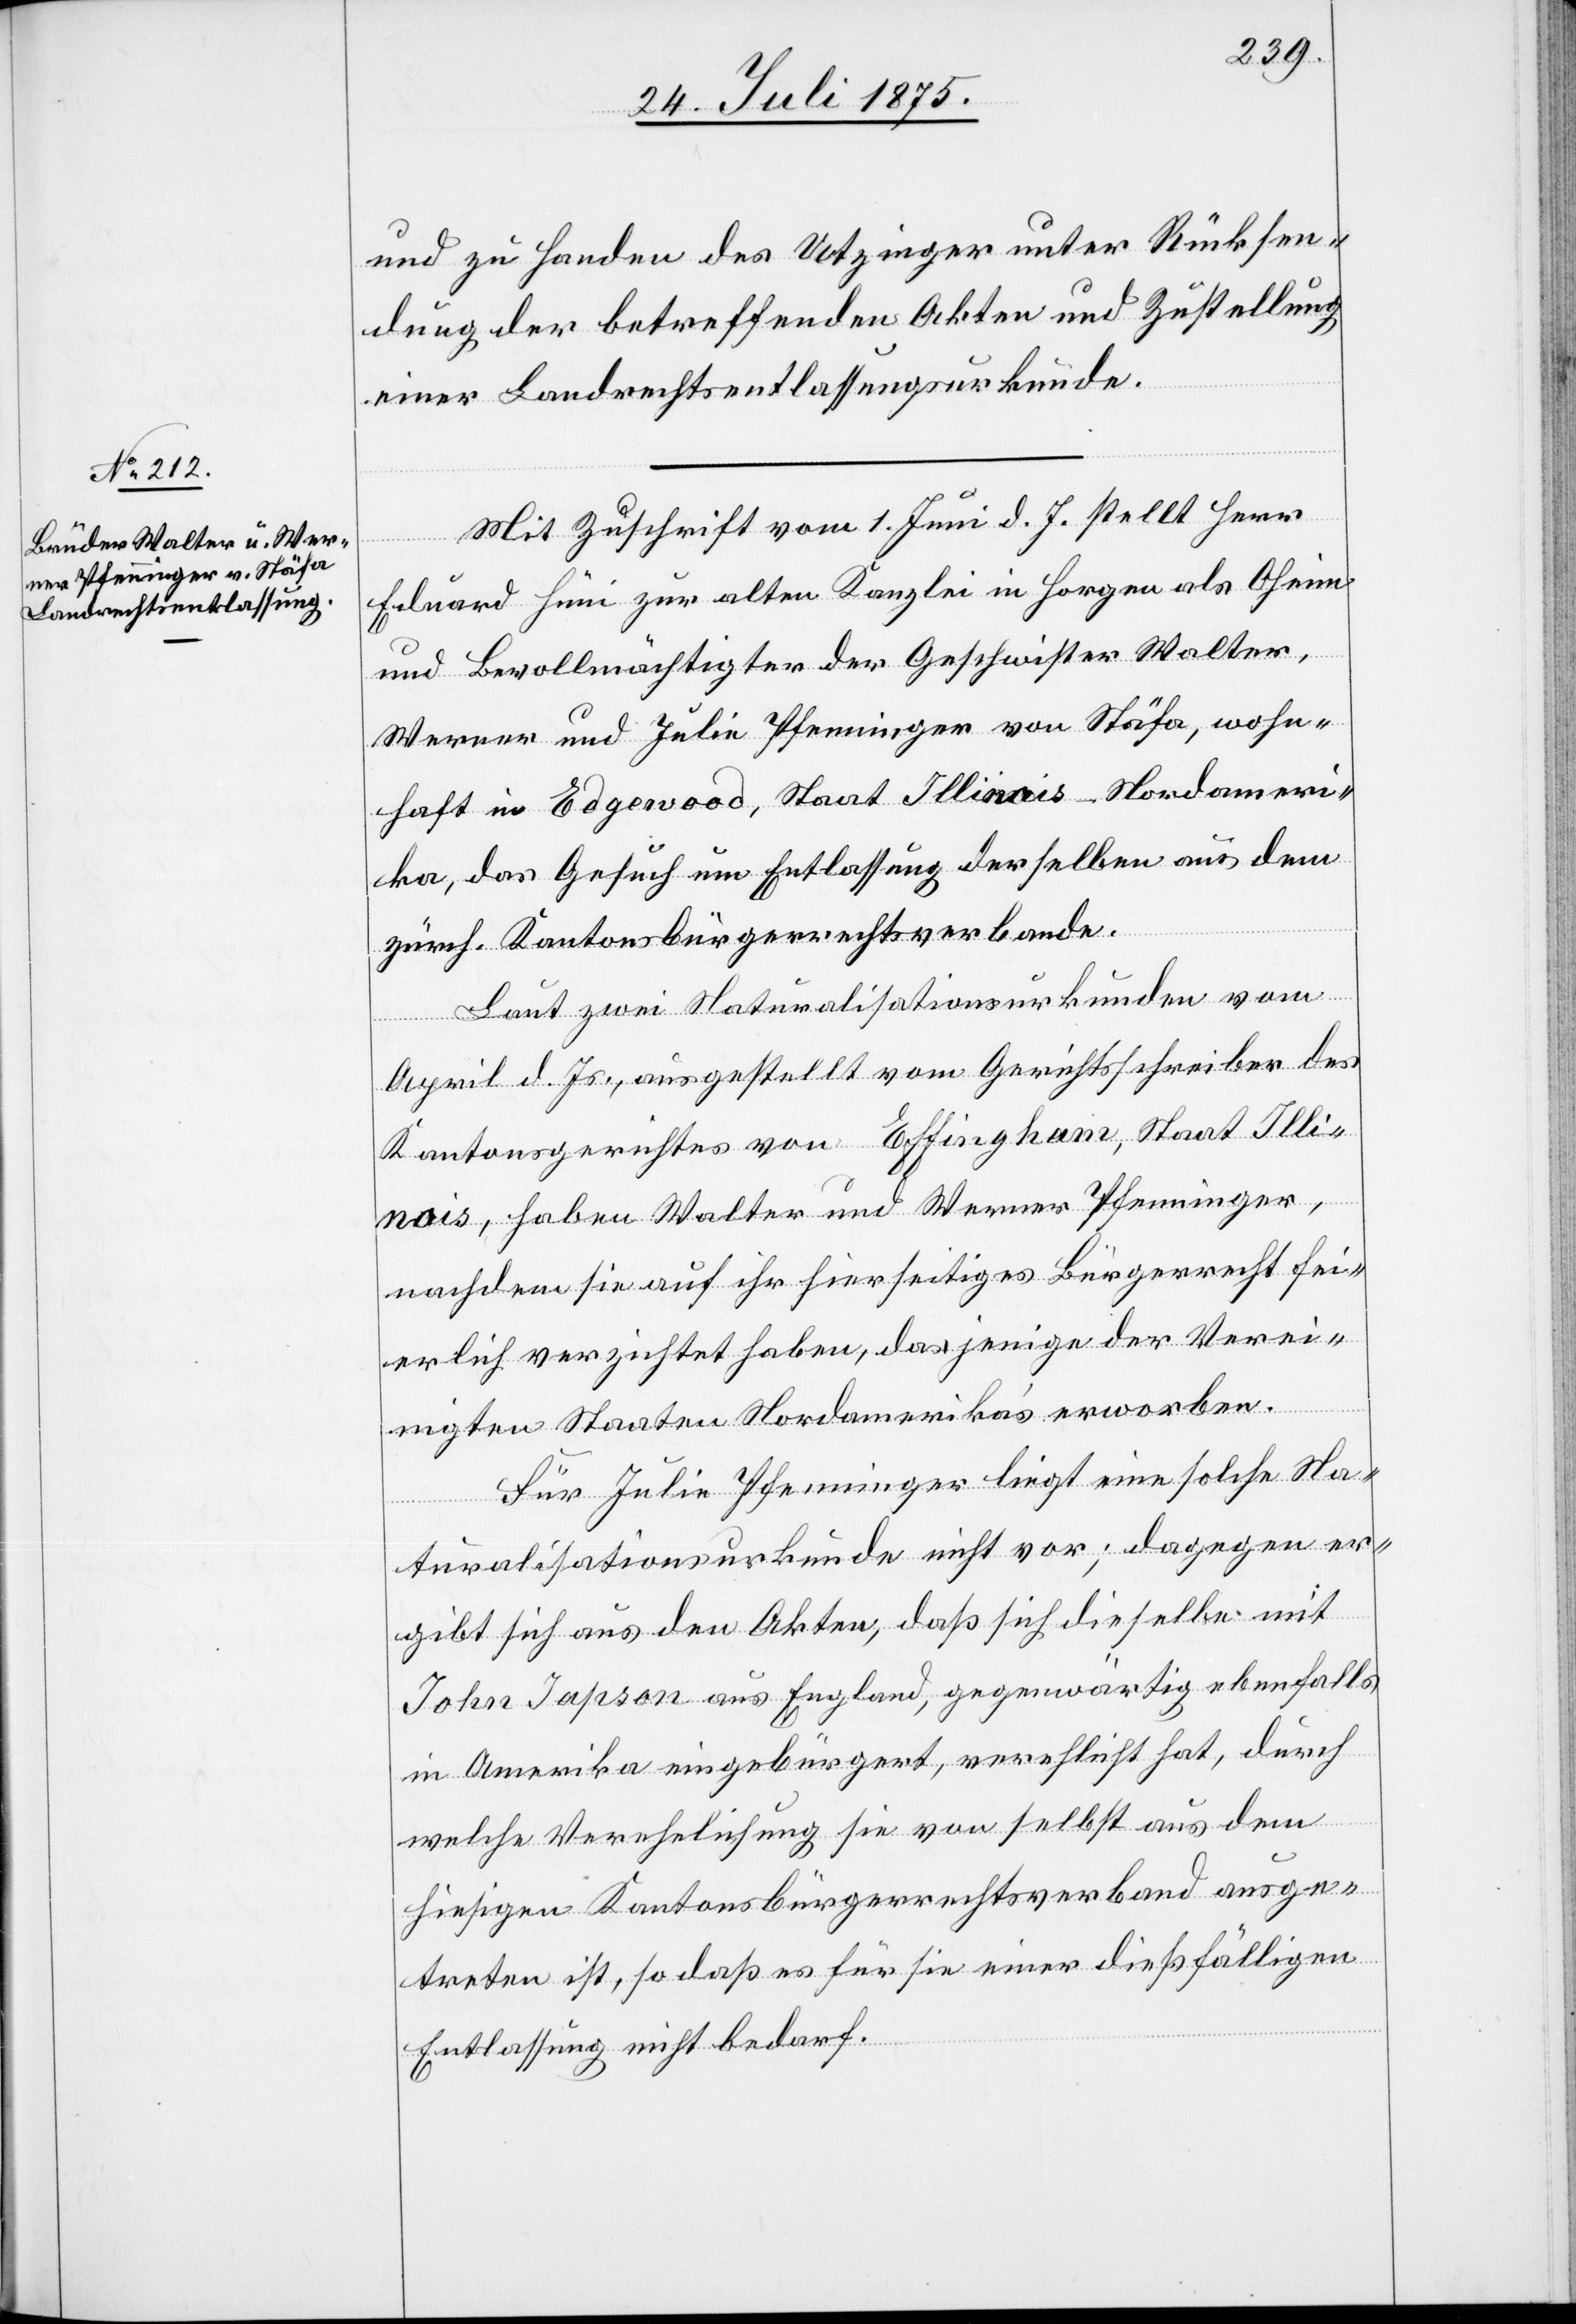
und zu Handen des Utzinger unter Rücksen¬
dung der betreffenden Akten und Zustellung
einer Landrechtsentlassungsurkunde.
Mit Zuschrift vom 1. Juni d. J. stellt Herr
Eduard Hüni zur alten Kanzlei in Horgen als Oheim
und Bevollmächtigter der Geschwister Walter,
Werner und Julia Pfenninger von Stäfa, wohn¬
haft in Edgewood, Staat Illinois - Nordameri¬
ka, das Gesuch um Entlassung derselben aus dem
zürch. Kantonsbürgerrechtsverbande.
Laut zwei Naturalisationsurkunden vom
April d. Js., ausgestellt vom Gerichtsschreiber des
Kantonsgerichtes Effingham, Staat Illinois,
feierlich verzichtet haben, dasjenige der Verei¬
nigten Staaten Nordamerika’s erworben.
Für Julia Pfenninger liegt eine solche Na¬
turalisationsurkunde nicht vor; dagegen er¬
gibt sich aus den Akten, daß sich dieselbe mit
John Japson aus England, gegenwärtig ebenfalls
in Amerika eingebürgert, verpflichtet hat, durch
welche Verehelichung sie von selbst aus dem
hiesigen Kantonsbürgerrechtsverband ausge¬
treten ist, so daß es für sie einer dießfälligen
Entlassung nicht bedarf.